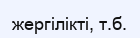
жергілікті, т.б.